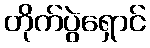
တိုက်ပွဲရှောင်